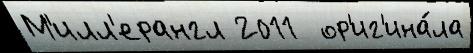
М'илл'ерангл 2011  ор'иг'ина́ла